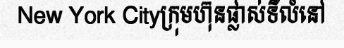
New York Cityក្រុមហ៊ុនផ្លាស់ទីលំនៅ